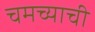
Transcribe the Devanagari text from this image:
चमच्याची